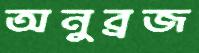
অনুব্রজ